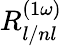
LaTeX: R_{l/nl}^{\left(1\omega\right)}